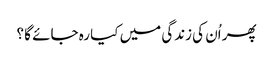
پھر اُن کی زندگی میں کیا رہ جائے گا ؟